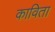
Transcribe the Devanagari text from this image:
काविता